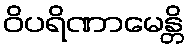
ဝိပရိဏာမေန္တိ